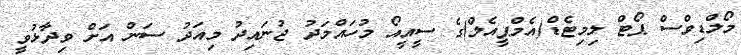
މޯލްޑިވްސް ޕޯޓް ލިމިޓެޑް(އެމްޕީއެލް)ގެ ސީއީއޯ މުހައްމަދު ޖުނައިދު މިއަދު ސަން އަށް ވިދާޅުވީ